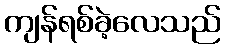
ကျန်ရစ်ခဲ့လေသည်